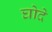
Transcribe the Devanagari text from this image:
घोदे